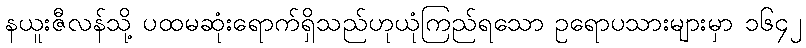
နယူးဇီလန်သို့ ပထမဆုံးရောက်ရှိသည်ဟုယုံကြည်ရသော ဥရောပသားများမှာ ၁၆၄၂